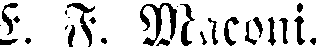
E. F. Maconi